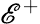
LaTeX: \mathscr{E}^{+}